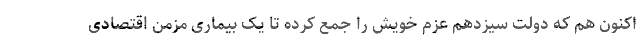
اکنون هم که دولت سیزدهم عزم خویش را جمع کرده تا یک بیماری مزمن اقتصادی